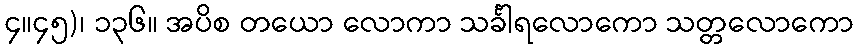
၄။၄၅)၊ ၁၃၆။ အပိစ တယော လောကာ သင်္ခါရလောကော သတ္တလောကော